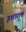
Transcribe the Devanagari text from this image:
इशाराच